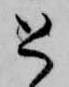
と